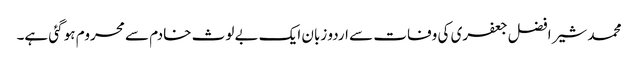
محمد شیر افضل جعفری کی وفات سے اردو زبان ایک بے لوث خادم سے محروم ہو گئی ہے۔